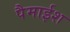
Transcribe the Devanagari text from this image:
पैमाईश